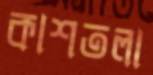
কাশতলা